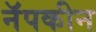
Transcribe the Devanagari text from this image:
नॅपकीन